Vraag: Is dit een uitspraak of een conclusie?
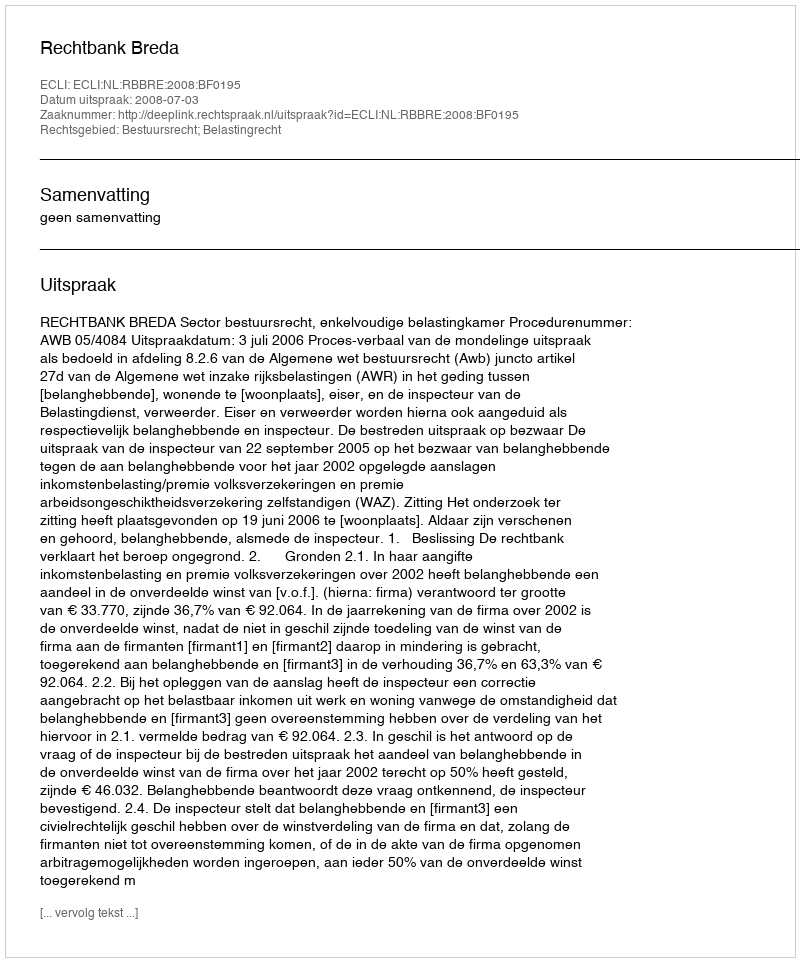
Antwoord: Uitspraak